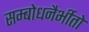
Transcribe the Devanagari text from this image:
सम्बोधनैर्भीतो